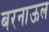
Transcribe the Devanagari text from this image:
बरनाऊल